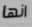
انها